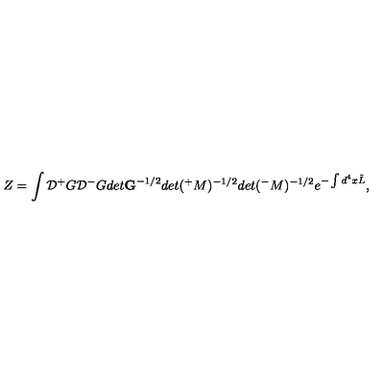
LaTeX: Z = \int { \cal D } { ^ + } G { \cal D } { ^ - } G d e t { \bf G } ^ { - 1 / 2 } d e t ( { ^ + } M ) ^ { - 1 / 2 } d e t ( { ^ - } M ) ^ { - 1 / 2 } e ^ { - \int d ^ { 4 } x \tilde { L } } ,